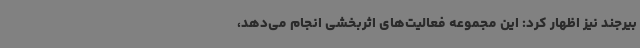
بیرجند نیز اظهار کرد: این مجموعه فعالیت‌های اثربخشی انجام می‌دهد،